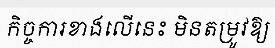
កិច្ចការខាងលើនេះ មិនតម្រូវឱ្យ